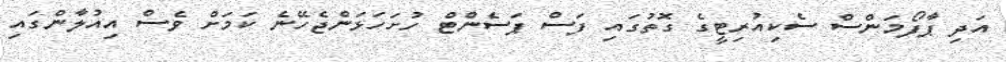
އަދި ޕާފޯމަންސް ސެކިއުރިޓީގެ ގޮތުގައި ފަސް ޕަސެންޓް ހުށަހަޅަންޖެހޭނެ ކަމަށް ވެސް އިއުލާންގައި